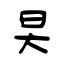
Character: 旲